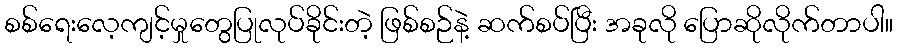
စစ်ရေးလေ့ကျင့်မှုတွေပြုလုပ်ခိုင်းတဲ့ ဖြစ်စဉ်နဲ့ ဆက်စပ်ပြီး အခုလို ပြောဆိုလိုက်တာပါ။